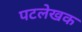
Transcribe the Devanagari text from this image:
पटलेखक